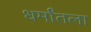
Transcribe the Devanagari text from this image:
धर्मांतला